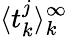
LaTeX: \langle t_{k}^{j}\rangle_{k}^{\infty}